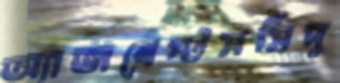
অ্যাজবেস্টসসিঁদু